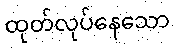
ထုတ်လုပ်နေသော